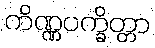
ကိဏ္ဏပက္ခိတ္တာ